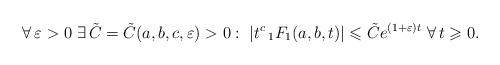
\begin{align*} \forall\,\varepsilon>0\;\exists\,\tilde{C}=\tilde{C}(a,b,c,\varepsilon)>0:\;\left|t^c\,{}_1F_1(a,b,t)\right|\leqslant\tilde{C}e^{(1+\varepsilon)t}\;\forall\,t\geqslant 0.\end{align*}